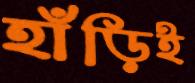
হাঁড়িই